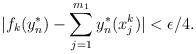
LaTeX: \begin{align*} |f_k(y_n^*) - \sum_{j=1}^{m_1} y_n^*(x^k_j)| < \epsilon/4. \end{align*}